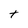
Character: t